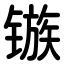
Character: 镞